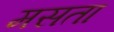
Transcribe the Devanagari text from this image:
मसता